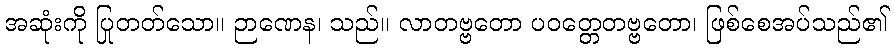
အဆုံးကို ပြုတတ်သော။ ဉာဏေန၊ သည်။ လာတဗ္ဗတော ပဝတ္တေတဗ္ဗတော၊ ဖြစ်စေအပ်သည်၏